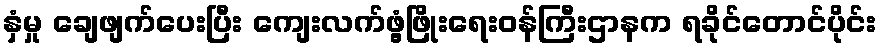
နှံမှု ချေဖျက်ပေးပြီး ကျေးလက်ဖွံ့ဖြိုးရေးဝန်ကြီးဌာနက ရခိုင်တောင်ပိုင်း